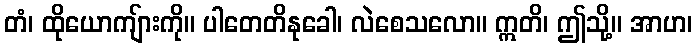
တံ၊ ထိုယောကျ်ားကို။ ပါတေတိနုခေါ၊ လဲစေသလော။ ဣတိ၊ ဤသို့။ အာဟ၊